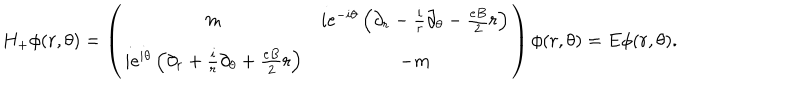
H _ { + } \phi ( r , \theta ) = \left( \begin{array} { c c } { { m } } & { { i e ^ { - i \theta } \left( \partial _ { r } - \frac { i } { r } \partial _ { \theta } - \frac { e B } { 2 } r \right) } } \\ { { i e ^ { i \theta } \left( \partial _ { r } + \frac { i } { r } \partial _ { \theta } + \frac { e B } { 2 } r \right) } } & { { - m } } \\ \end{array} \right) \phi ( r , \theta ) = E \phi ( r , \theta ) .